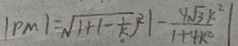
\vert P M \vert = \sqrt { 1 + ( - \frac { 1 } { k } ) ^ { 2 } } \vert - \frac { 4 \sqrt { 3 } k ^ { 2 } } { 1 + 4 k ^ { 2 } } \vert